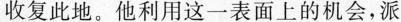
收复此地。他利用这一表面上的机会，派